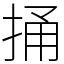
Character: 捅